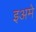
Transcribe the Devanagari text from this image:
इअमे